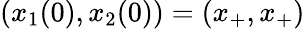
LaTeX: (x_{1}(0),x_{2}(0))=(x_{+},x_{+})